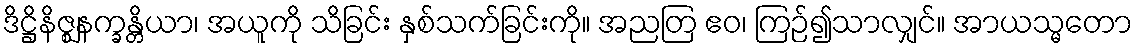
ဒိဋ္ဌိနိဇ္ဈနက္ခန္တိယာ၊ အယူကို သိခြင်း နှစ်သက်ခြင်းကို။ အညတြ ဧဝ၊ ကြဉ်၍သာလျှင်။ အာယသ္မတော